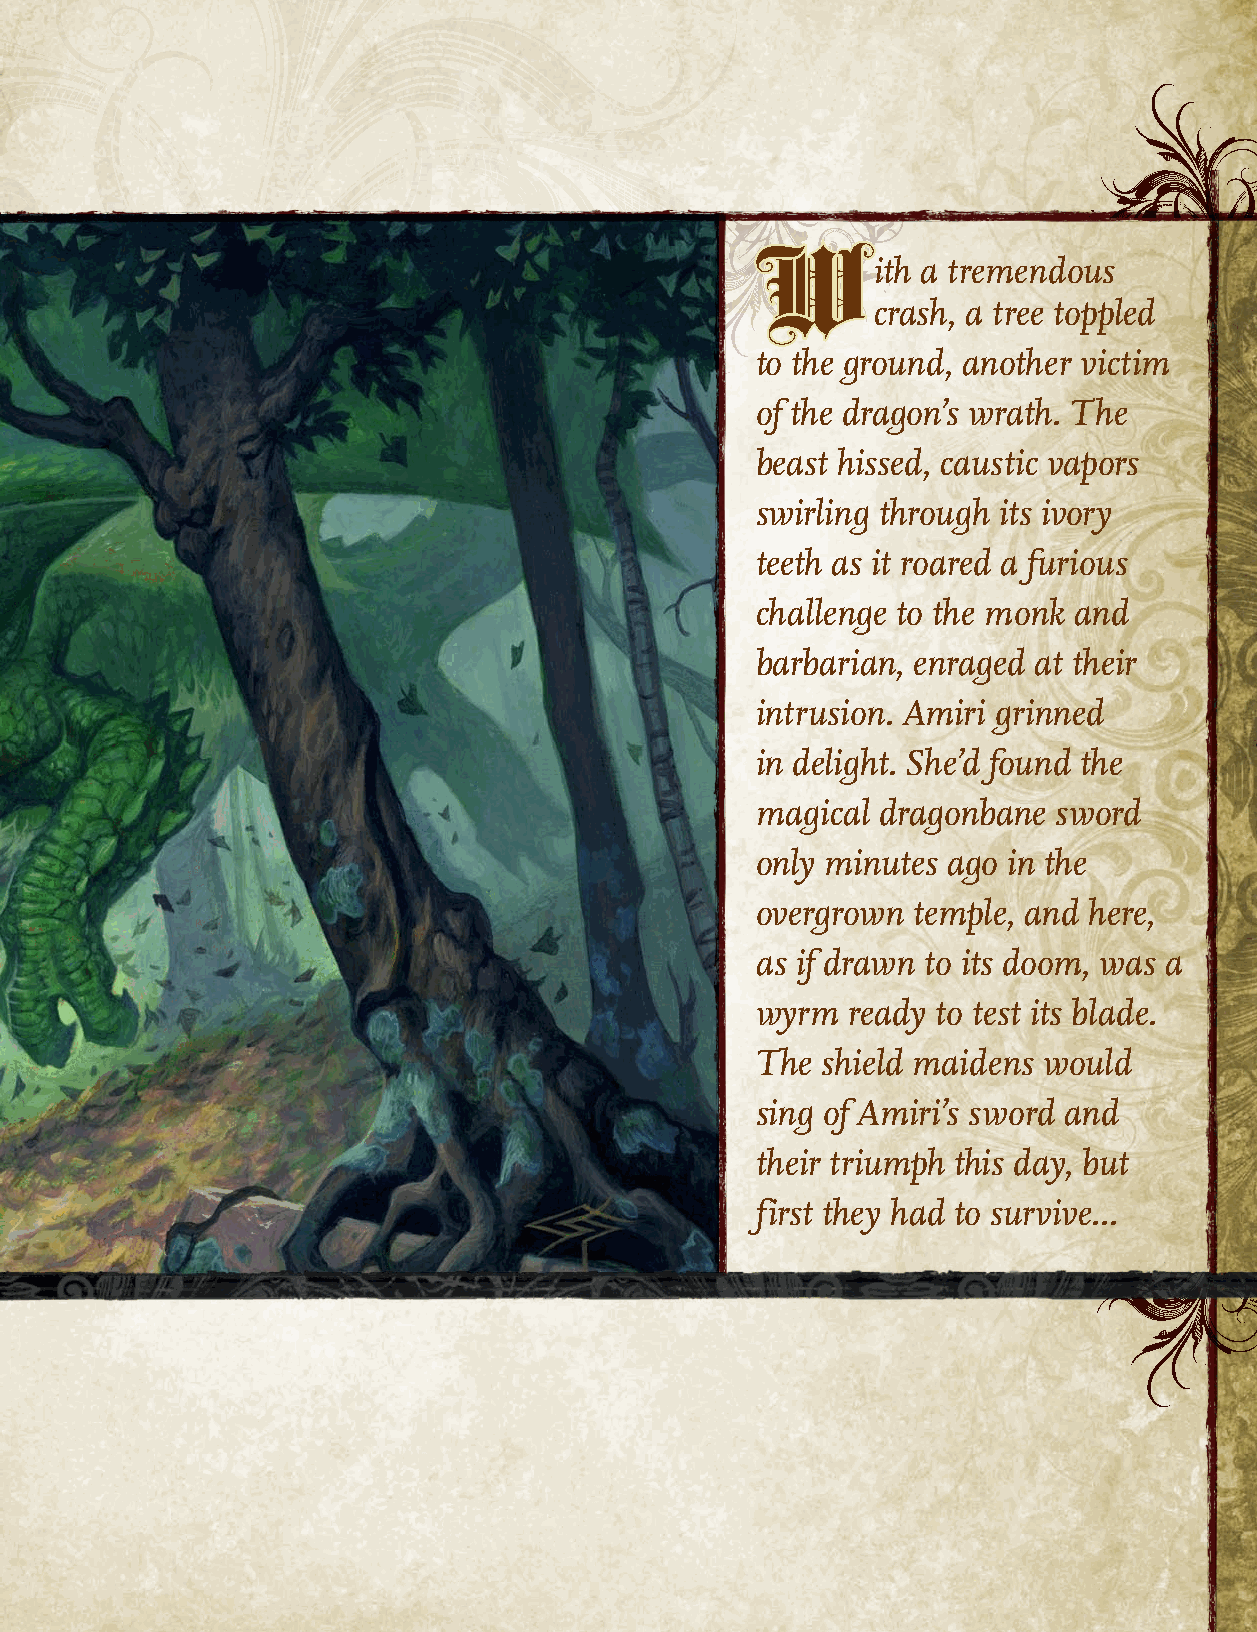
ith a tremendous
 W
 crash, a tree toppled
 to the ground, another victim
 of the dragon’s wrath. The
 beast hissed, caustic vapors
 swirling through its ivory
 teeth as it roared a furious
 challenge to the monk and
 barbarian, enraged at their
 intrusion. Amiri grinned
 in delight. She’d found the
 magical dragonbane  sword
 only minutes ago in the
 overgrown temple, and here,
 as if drawn to its doom, was a
 wyrm  ready to test its blade.
 The shield maidens would
 sing of Amiri’s sword and
 their triumph this day, but
 first they had to survive...